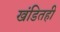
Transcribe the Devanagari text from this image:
खंडितही